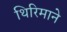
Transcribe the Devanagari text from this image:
थिरिमाने